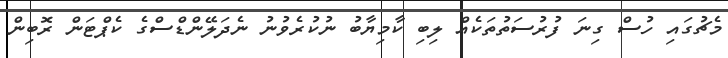
މެޗުގައި ހުސް ގިނަ ފުރުސަތުތަކެއް ލިބި ކާމިޔާބު ނުކުރެވުނު ނެދަލޭންޑްސްގެ ކެޕްޓަން ރޮބިން